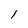
Character: 1